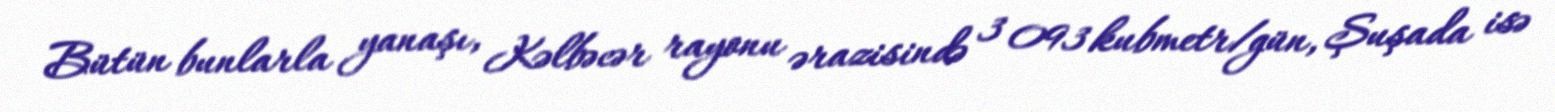
Bütün bunlarla yanaşı, Kəlbəcər rayonu ərazisində 3 093 kubmetr/gün, Şuşada isə